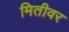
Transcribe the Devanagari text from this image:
मितीवर